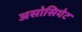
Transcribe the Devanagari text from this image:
असोसियेट